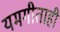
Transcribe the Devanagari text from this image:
यमगीताही